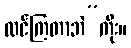
ထင်ကြတာဘဲ”ကိုး။